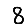
Digit: 8